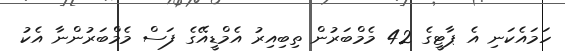
ހަމައެކަނި އެ ޕާޓީގެ 42 މެމްބަރުން ތިބިއިރު އެމްޑީއޭގެ ފަސް މެމްބަރުންނާ އެކު